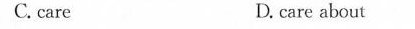
C. care D. care about